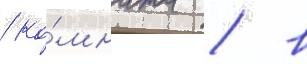
/ ко́мната / в